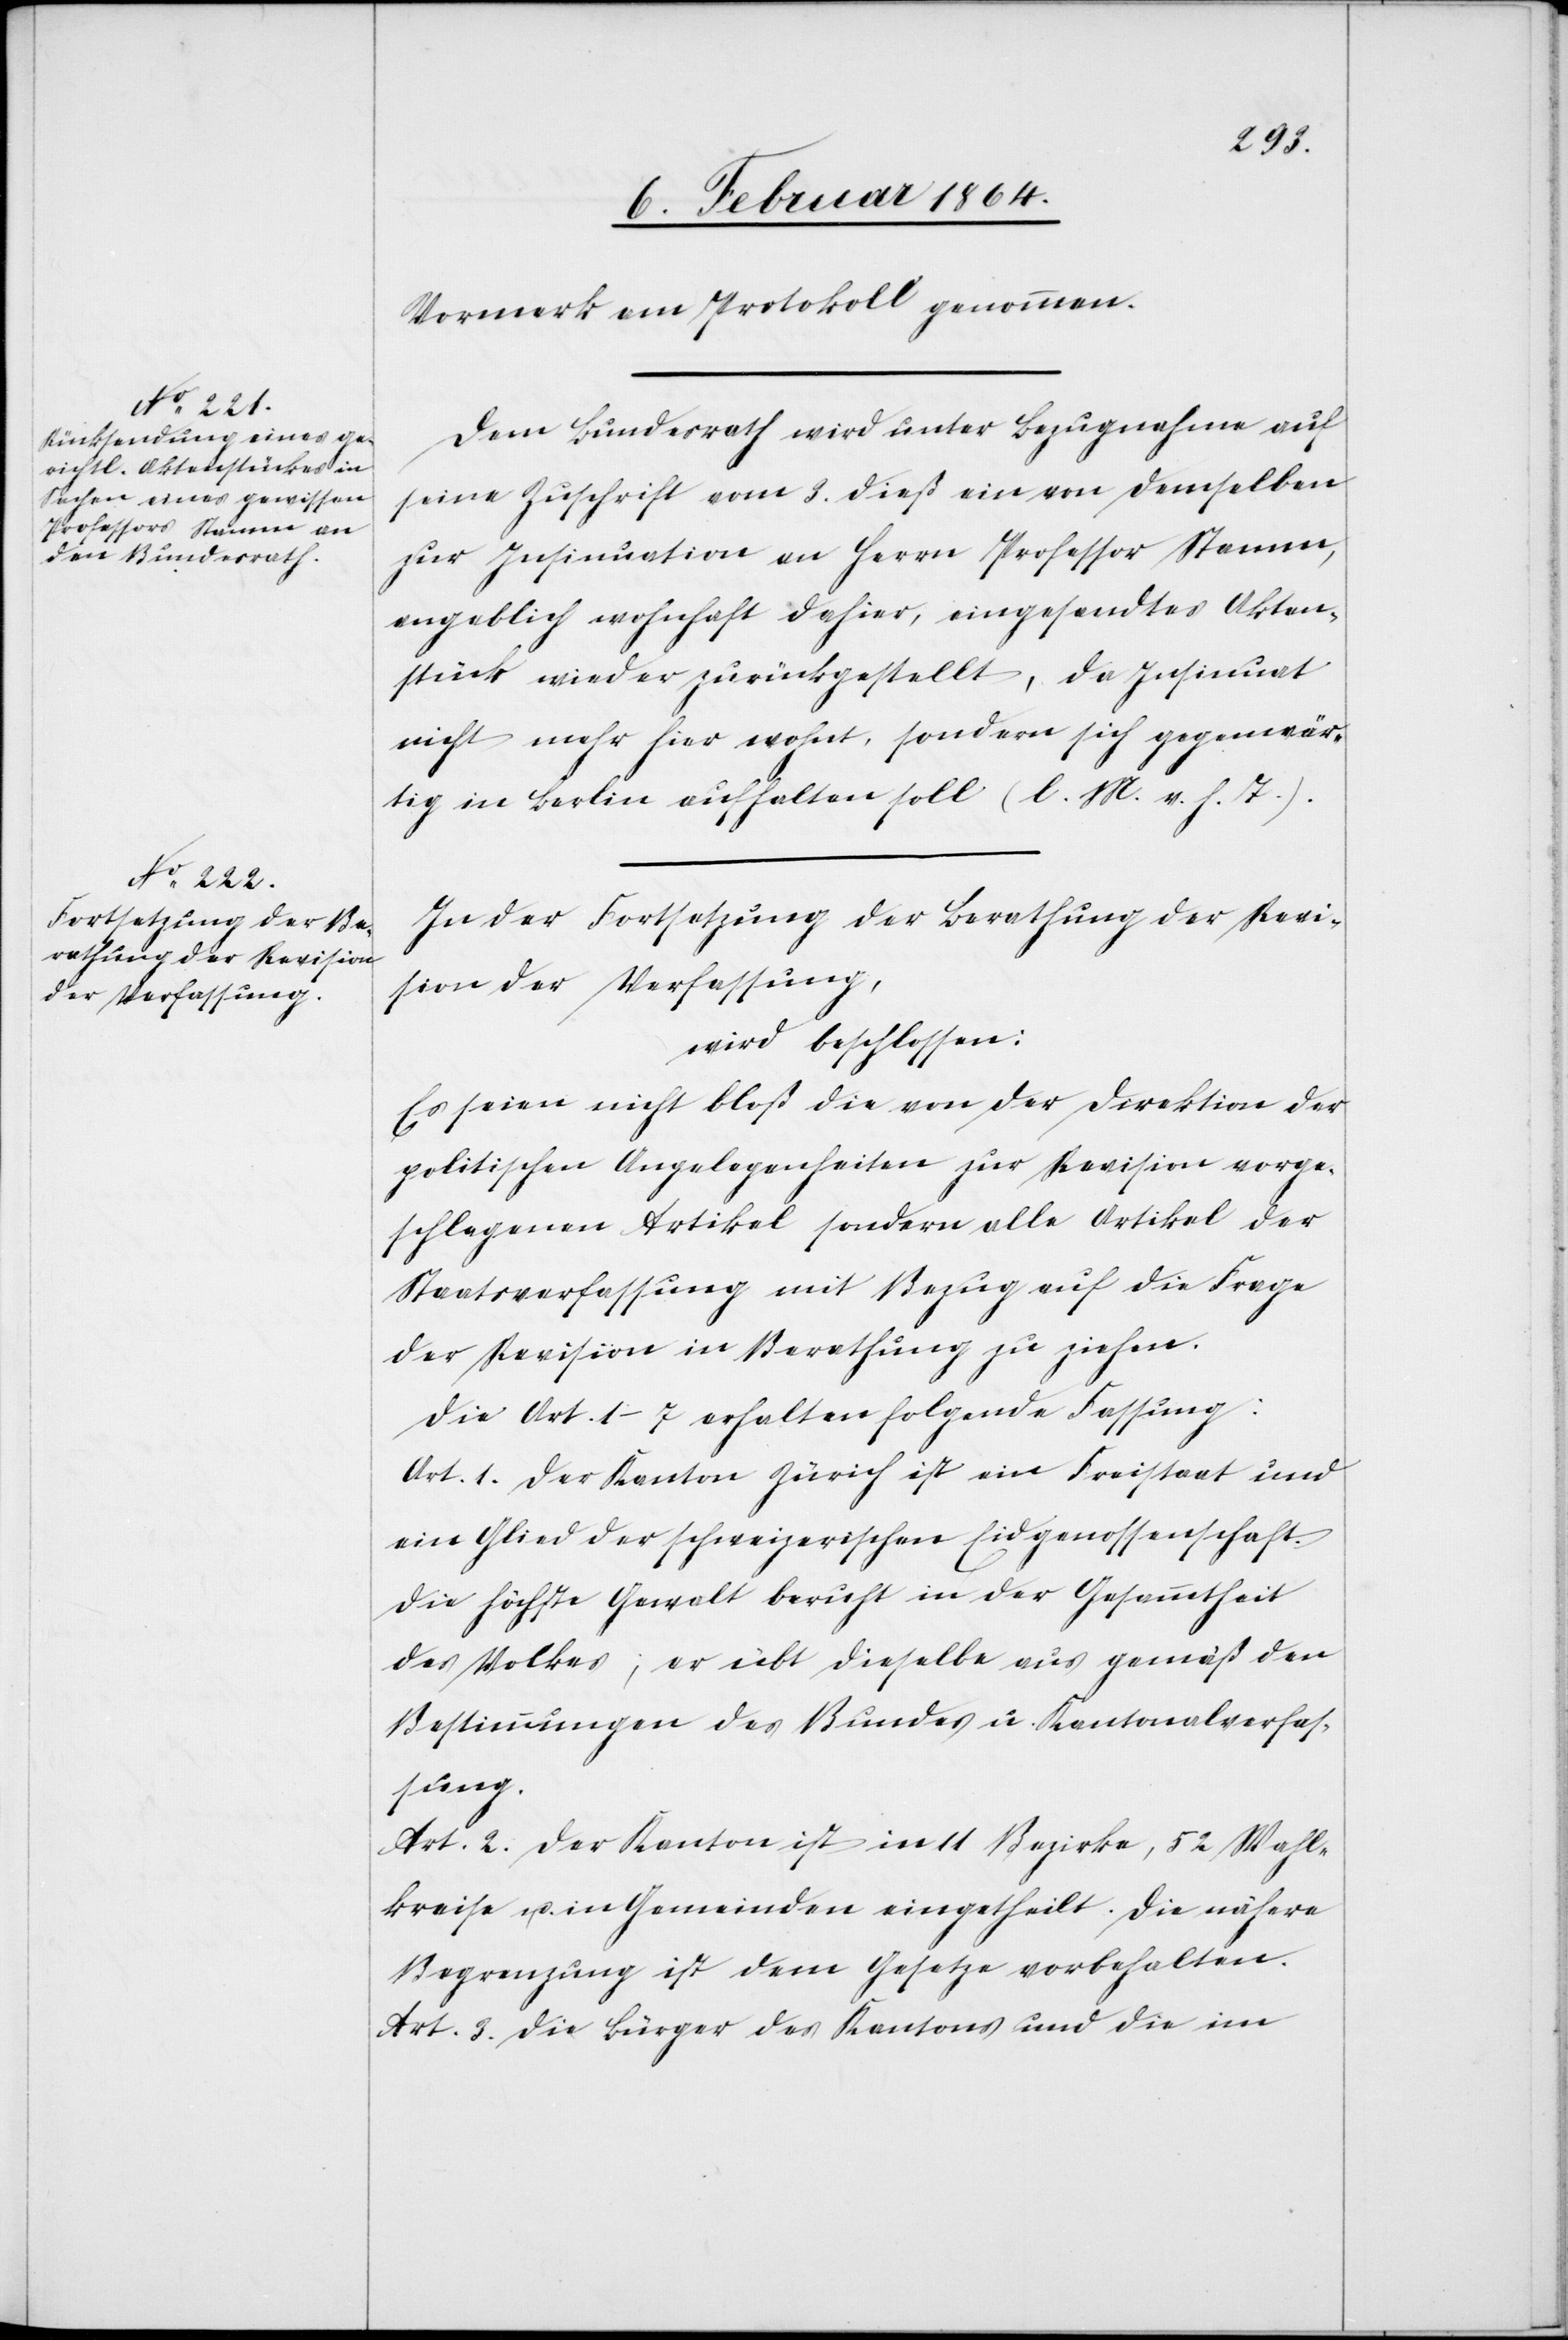
Vermerk am Protokoll genommen.
Dem Bundesrath wird unter Bezugnahme auf
seine Zuschrift vom 3. dieß ein von demselben
zur Insinuation an Herrn Professor Stamm,
angeblich wohnhaft dahier, eingesandtes Akten¬
stück wieder zurückgestellt, da Insinuat
nicht mehr hier wohnt, sondern sich gegenwär¬
tig in Berlin aufhalten soll (l. M. v. h. T.).
In der Fortsetzung der Berathung der Revi¬
sion der Verfassung,
wird beschlossen:
Es seien nicht bloß die von der Direktion der
politischen Angelegenheiten zur Revision vorge¬
schlagenen Artikel, sondern alle Artikel der
Staatsverfassung mit Bezug auf die Frage
der Revision in Berathung zu ziehen.
Die Art. 1–7 erhalten folgende Fassung:
Art. 1. Der Kanton Zürich ist ein Freistaat und
ein Glied der schweizerischen Eidgenossenschaft.
Die höchste Gewalt beruht in der Gesammtheit
des Volkes; er übt dieselbe aus gemäß den
Bestimmungen der Bundes u. Kantonalverfas¬
sung.
Art. 2. Der Kanton ist in 11 Bezirke, 52 Wahl¬
kreise u. in Gemeinden eingetheilt. Die nähere
Begrenzung ist dem Gesetze vorbehalten.
Art. 3. Die Bürger des Kantons und die im